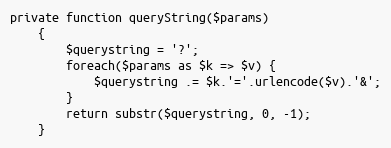
Language: PHP
private function queryString($params)
	{
		$querystring = '?';
		foreach($params as $k => $v) {
			$querystring .= $k.'='.urlencode($v).'&';
		}
		return substr($querystring, 0, -1);
	}